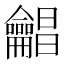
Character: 𪛋